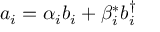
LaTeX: a _ { i } = \alpha _ { i } b _ { i } + \beta _ { i } ^ { * } b _ { i } ^ { \dagger }